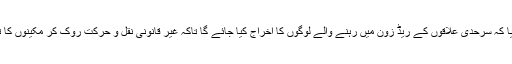
جرگے میں فیصلہ کیا گیا کہ سرحدی علاقوں کے ریڈ زون میں رہنے والے لوگوں کا اخراج کیا جائے گا تاکہ غیر قانونی نقل و حرکت روک کر مکینوں کا تحفظ یقینی بنایا جاسکے۔